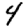
Digit: 4